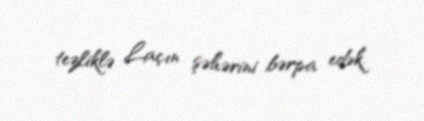
tezliklə Laçın şəhərini bərpa edək.